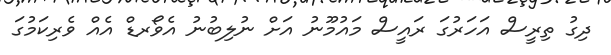
ދިގު ތިރީސް އަހަރުގަ ރައީސް މައުމޫނު އަށް ނުލިބުނު އެވޯރޑް އެއް ވެރިކަމުގަ